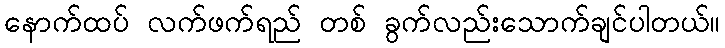
နောက်ထပ် လက်ဖက်ရည် တစ် ခွက်လည်းသောက်ချင်ပါတယ်။